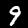
Label: 9